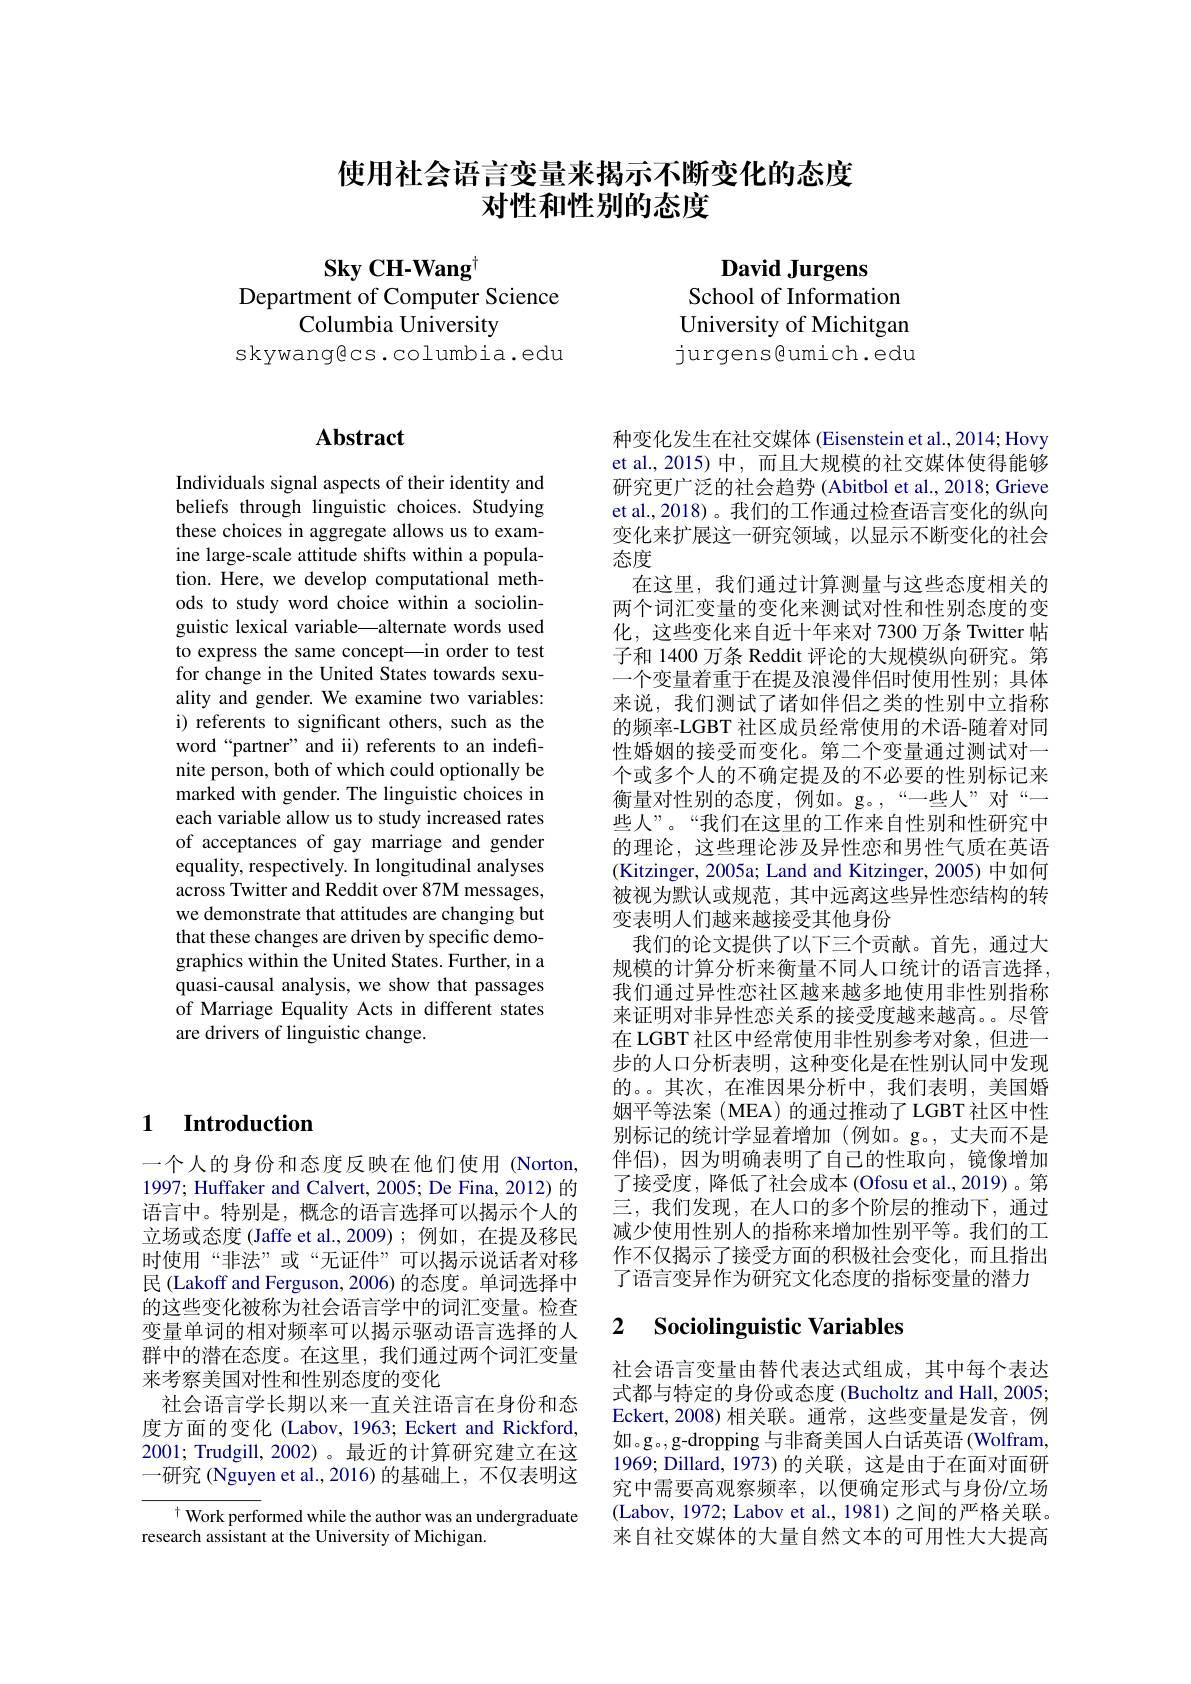
# 使用社会语言变量来揭示不断变化的态度对性和性别的态度

Sky CH-Wang$^{[\mathrm{m}]}$
Department of Computer Science
Columbia University
skywangecs.columbia.edu

David Jurgens
School of Information University of Michitgan jurgens@umich.edu

## 1 Introduction

一个人的身份和态度反映在他们使用(Norton, 1997; Huffaker and Calvert, 2005; De Fina, 2012) 的语言中。特别是，概念的语言选择可以揭示个人的立场或态度 (Jaffe et al.,2009);例如，在提及移民时使用“非法”或“无证件”可以揭示说话者对移民 (Lakoff and Ferguson, 2006) 的态度。单词选择中的这些变化被称为社会语言学中的词汇变量。检查变量单词的相对频率可以揭示驱动语言选择的人群中的潜在态度。在这里，我们通过两个词汇变量来考察美国对性和性别态度的变化
社会语言学长期以来一直关注语言在身份和态度方面的变化 (Labov, 1963; Eckert and Rickford, 2001; Trudgill, 2002)。最近的计算研究建立在这一研究 (Nguyen et al.,2016)的基础上，不仅表明这

$^{\dagger}$ Work performed while the author was an undergraduate
research assistant at the University of Michigan.

## $\mathbf{Abstract}$

Individuals signal aspects of their identity and beliefs through linguistic choices. Studying these choices in aggregate allows us to examine large-scale attitude shifts within a population. Here, we develop computational methods to study word choice within a sociolinguistic lexical variable\_alternate words used to express the same concept—in order to test for change in the United States towards sexuality and gender. We examine two variables: i) referents to significant others, such as the word“partner” and ii) referents to an indefinite person, both of which could optionally be marked with gender. The linguistic choices in each variable allow us to study increased rates of acceptances of gay marriage and gender equality, respectively. In longitudinal analyses across Twitter and Reddit over 87M messages, we demonstrate that attitudes are changing but that these changes are driven by specific demographics within the United States. Further, in a quasi-causal analysis, we show that passages of Marriage Equality Acts in different states are drivers of linguistic change.

种变化发生在社交媒体 (Eisenstein et al., 2014; Hovy et al.,2015) 中，而且大规模的社交媒体使得能够研究更广泛的社会趋势 (Abitbol et al., 2018; Grieve et al.,2018)。我们的工作通过检查语言变化的纵向变化来扩展这一研究领域，以显示不断变化的社会态度
在这里，我们通过计算测量与这些态度相关的两个词汇变量的变化来测试对性和性别态度的变化，这些变化来自近十年来对 7300 万条 Twitter 帖子和 1400 万条 Reddit 评论的大规模纵向研究。第一个变量着重于在提及浪漫伴侣时使用性别；具体来说，我们测试了诸如伴侣之类的性别中立指称的频率-LGBT 社区成员经常使用的术语-随着对同性婚姻的接受而变化。第二个变量通过测试对一个或多个人的不确定提及的不必要的性别标记来衡量对性别的态度，例如。g。,“一些人”对“一些人”。“我们在这里的工作来自性别和性研究中的理论，这些理论涉及异性恋和男性气质在英语(Kitzinger, 2005a; Land and Kitzinger, 2005) 中如何被视为默认或规范，其中远离这些异性恋结构的转变表明人们越来越接受其他身份
我们的论文提供了以下三个贡献。首先，通过大规模的计算分析来衡量不同人口统计的语言选择， 我们通过异性恋社区越来越多地使用非性别指称来证明对非异性恋关系的接受度越来越高。尽管在 LGBT 社区中经常使用非性别参考对象，但进一步的人口分析表明，这种变化是在性别认同中发现的。。其次，在准因果分析中，我们表明，美国婚姻平等法案( MEA)的通过推动了LGBT社区中性别标记的统计学显着增加(例如。g。,丈夫而不是伴侣),因为明确表明了自己的性取向，镜像增加了接受度，降低了社会成本(Ofosu et al.,2019)。第三，我们发现，在人口的多个阶层的推动下，通过减少使用性别人的指称来增加性别平等。我们的工作不仅揭示了接受方面的积极社会变化，而且指出了语言变异作为研究文化态度的指标变量的潜力

## 2 Sociolinguistic Variables

社会语言变量由替代表达式组成，其中每个表达式都与特定的身份或态度 (Bucholtz and Hall, 2005; Eckert,2008)相关联。通常，这些变量是发音，例如。g。,g-dropping 与非裔美国人白话英语(Wolfram, 1969; Dillard, 1973) 的关联，这是由于在面对面研究中需要高观察频率，以便确定形式与身份/立场(Labov, 1972; Labov et al., 1981) 之间的严格关联。来自社交媒体的大量自然文本的可用性大大提高